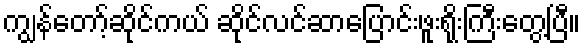
ကျွန်တော့်ဆိုင်ကယ် ဆိုင်လင်ဆာပြောင်းဖူးရိုးကြီးတွေ့ပြီ။